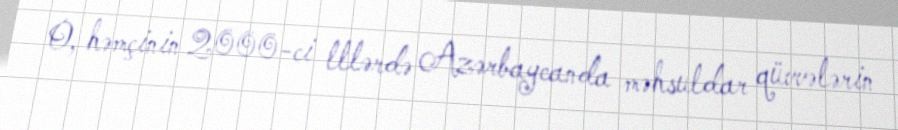
O, həmçinin 2000-ci lllərdə Azərbaycanda məhsuldar qüvvələrin